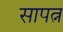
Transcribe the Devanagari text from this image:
सापत्न